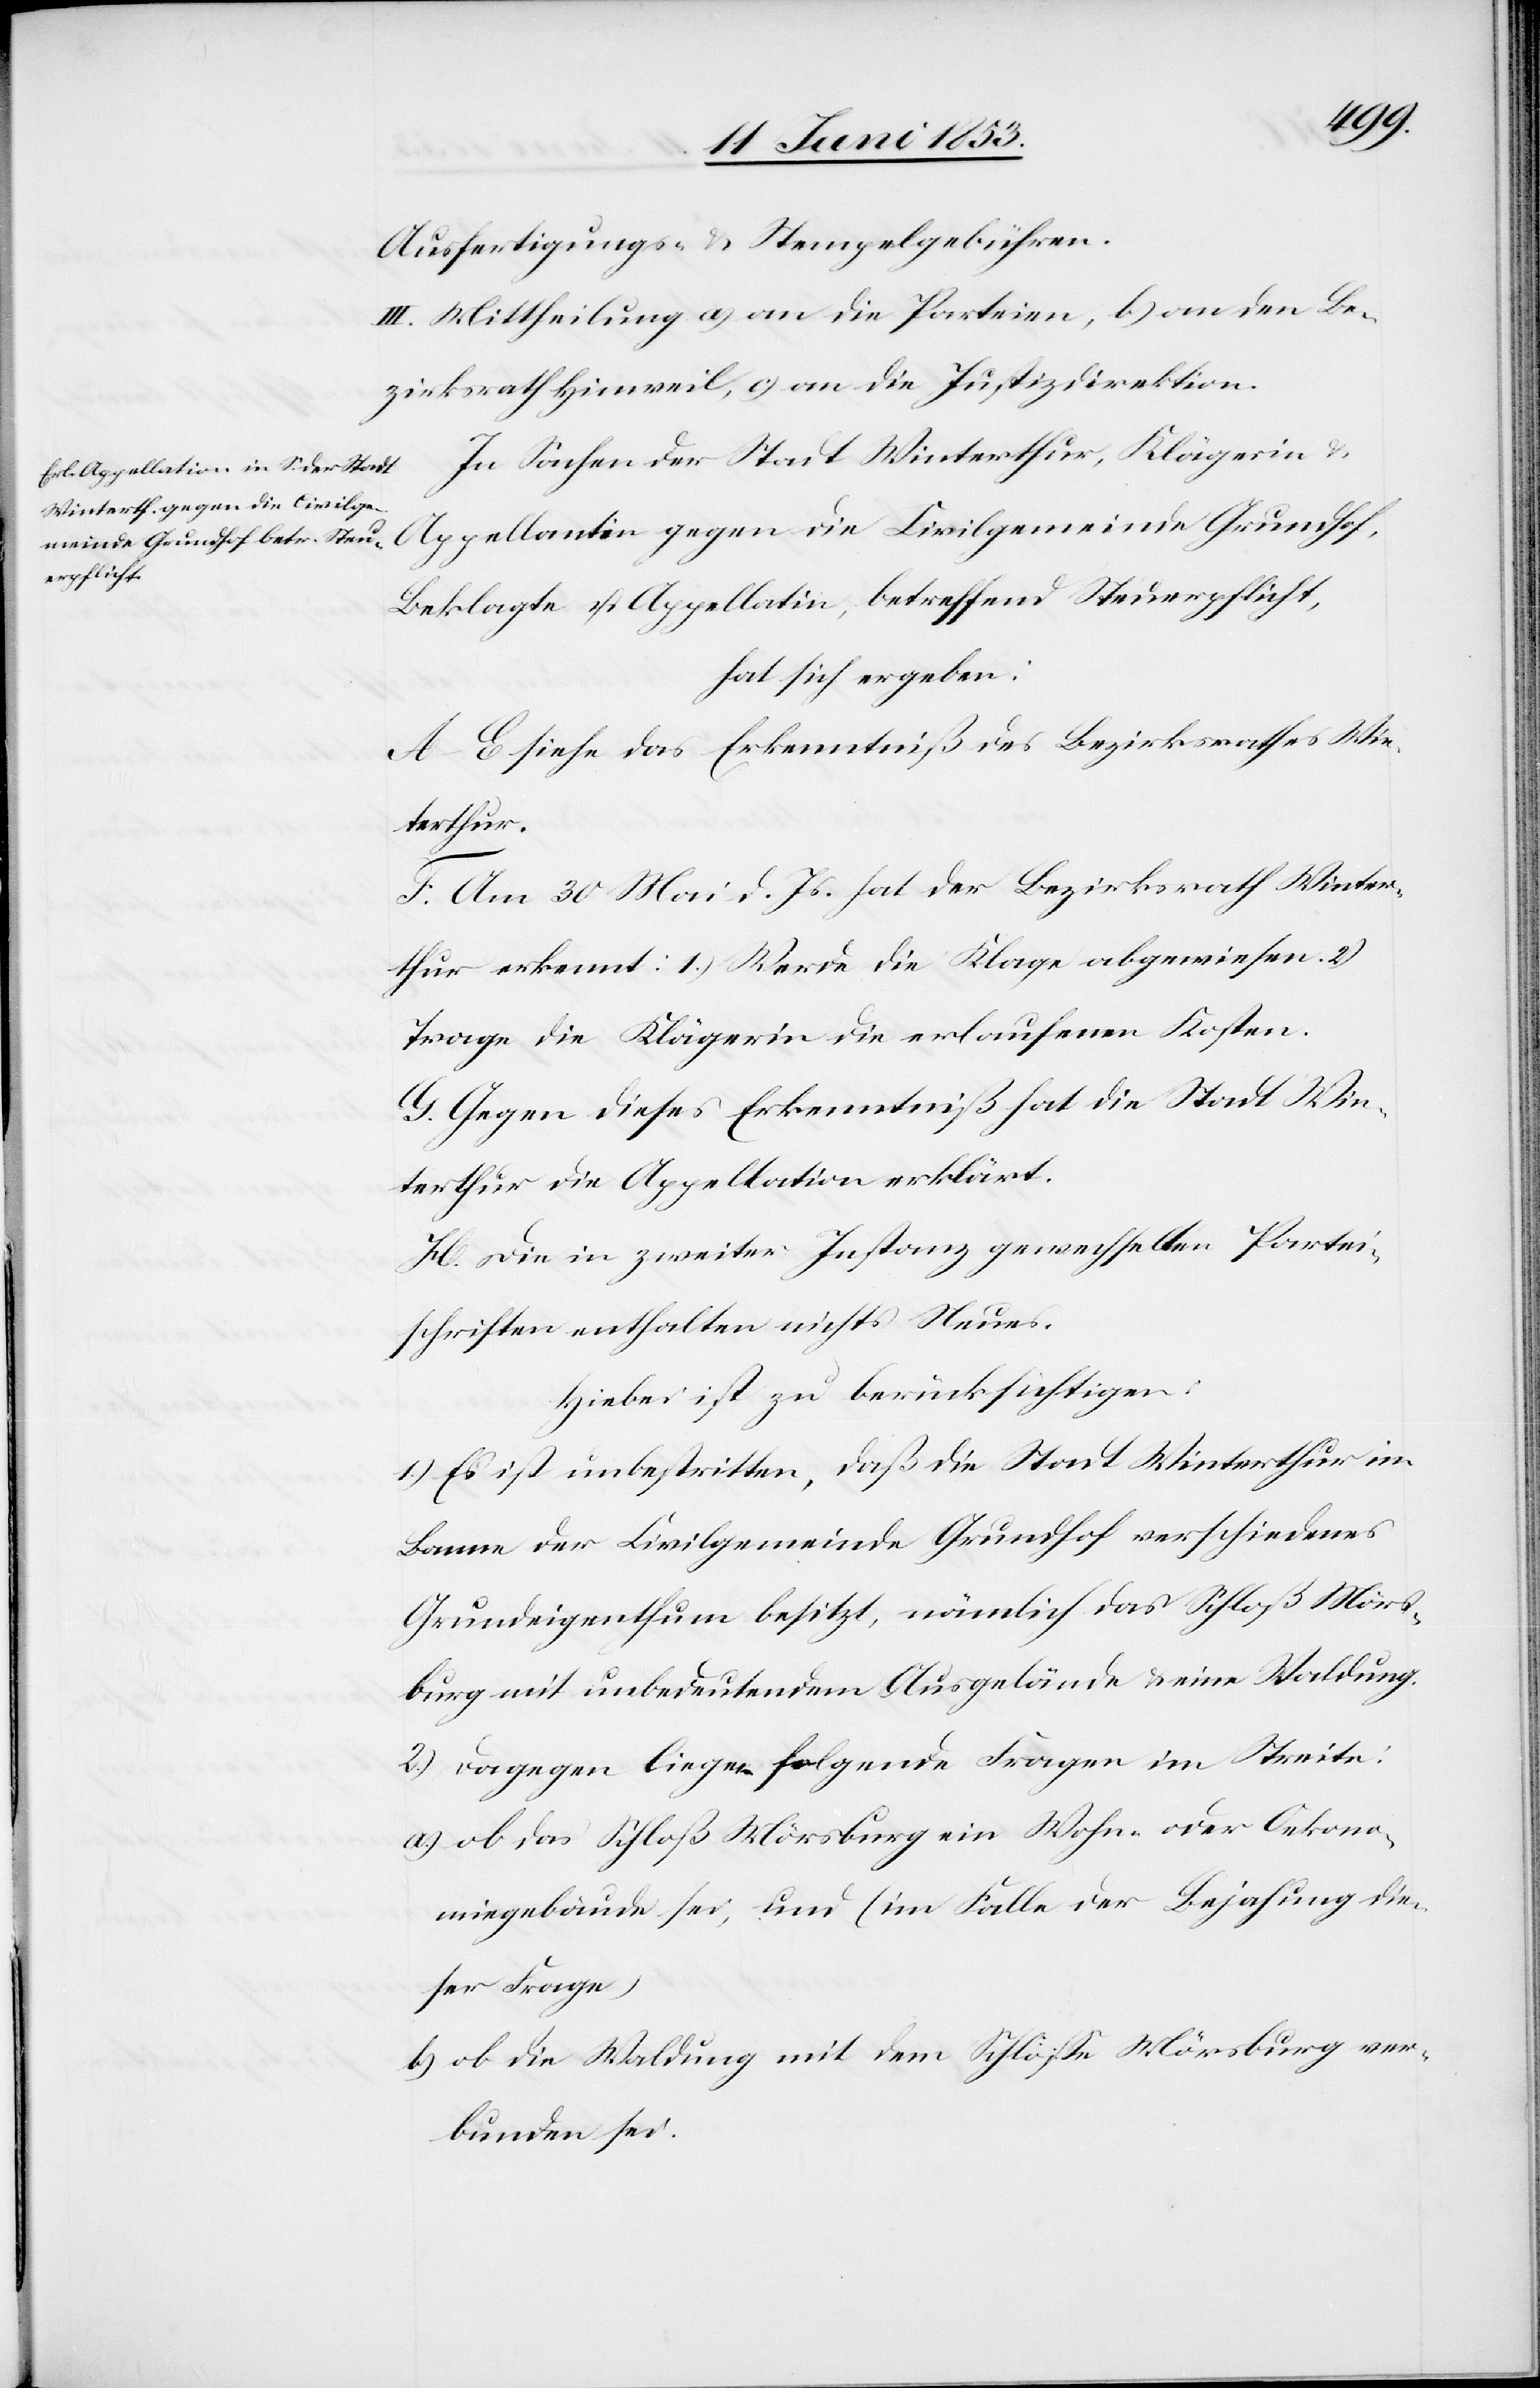
Ausfertigungs- u. Stempelgebühren.
III. Mittheilung a) an die Parteien, b) an den Be¬
zirksrath Hinweil, c) an die Justizdirektion.
In Sachen der Stadt Winterthur, Klägerin u.
Appellantin gegen die Civilgemeinde Grundhof,
Beklagte u. Appellatin, betreffend Steuerpflicht,
hat sich ergeben:
A–E. siehe das Erkenntniß des Bezirksrathes Win¬
terthur.
F. Am 30 Mai d. Js. hat der Bezirksrath Winter¬
thur erkennt: 1) Werde die Klage abgewiesen, 2.)
Trage die Klägerin die erlaufenen Kosten.
G. Gegen dieses Erkenntniß hat die Stadt Win¬
terthur die Appellation erklärt.
H. Die in zweiter Instanz gewechselten Partei¬
schriften enthalten nichts Neues.
Hiebei ist zu berücksichtigen:
1) Es ist unbestritten, daß die Stadt Winterthur im
Lemma der Civilgemeinde Grundhof verschiedenes
Grundeigenthum besitzt, nämlich das Schloß Märs¬
burg mit unbedeutendem Ausgelände u. eine Waldung.
2.) Dagegen liegen folgende Fragen im Streite:
a.) ob das Schloß Märsburg ein Wohn- oder Oekono¬
miegebäude sei, und (im Falle der Bejahung die¬
ser Frage)
b.) ob die Waldung mit dem Schloße Märsburg ver¬
bunden sei.